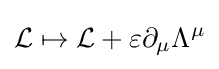
{\mathcal {L}}\mapsto {\mathcal {L}}+\varepsilon \partial _{\mu }\Lambda ^{\mu }